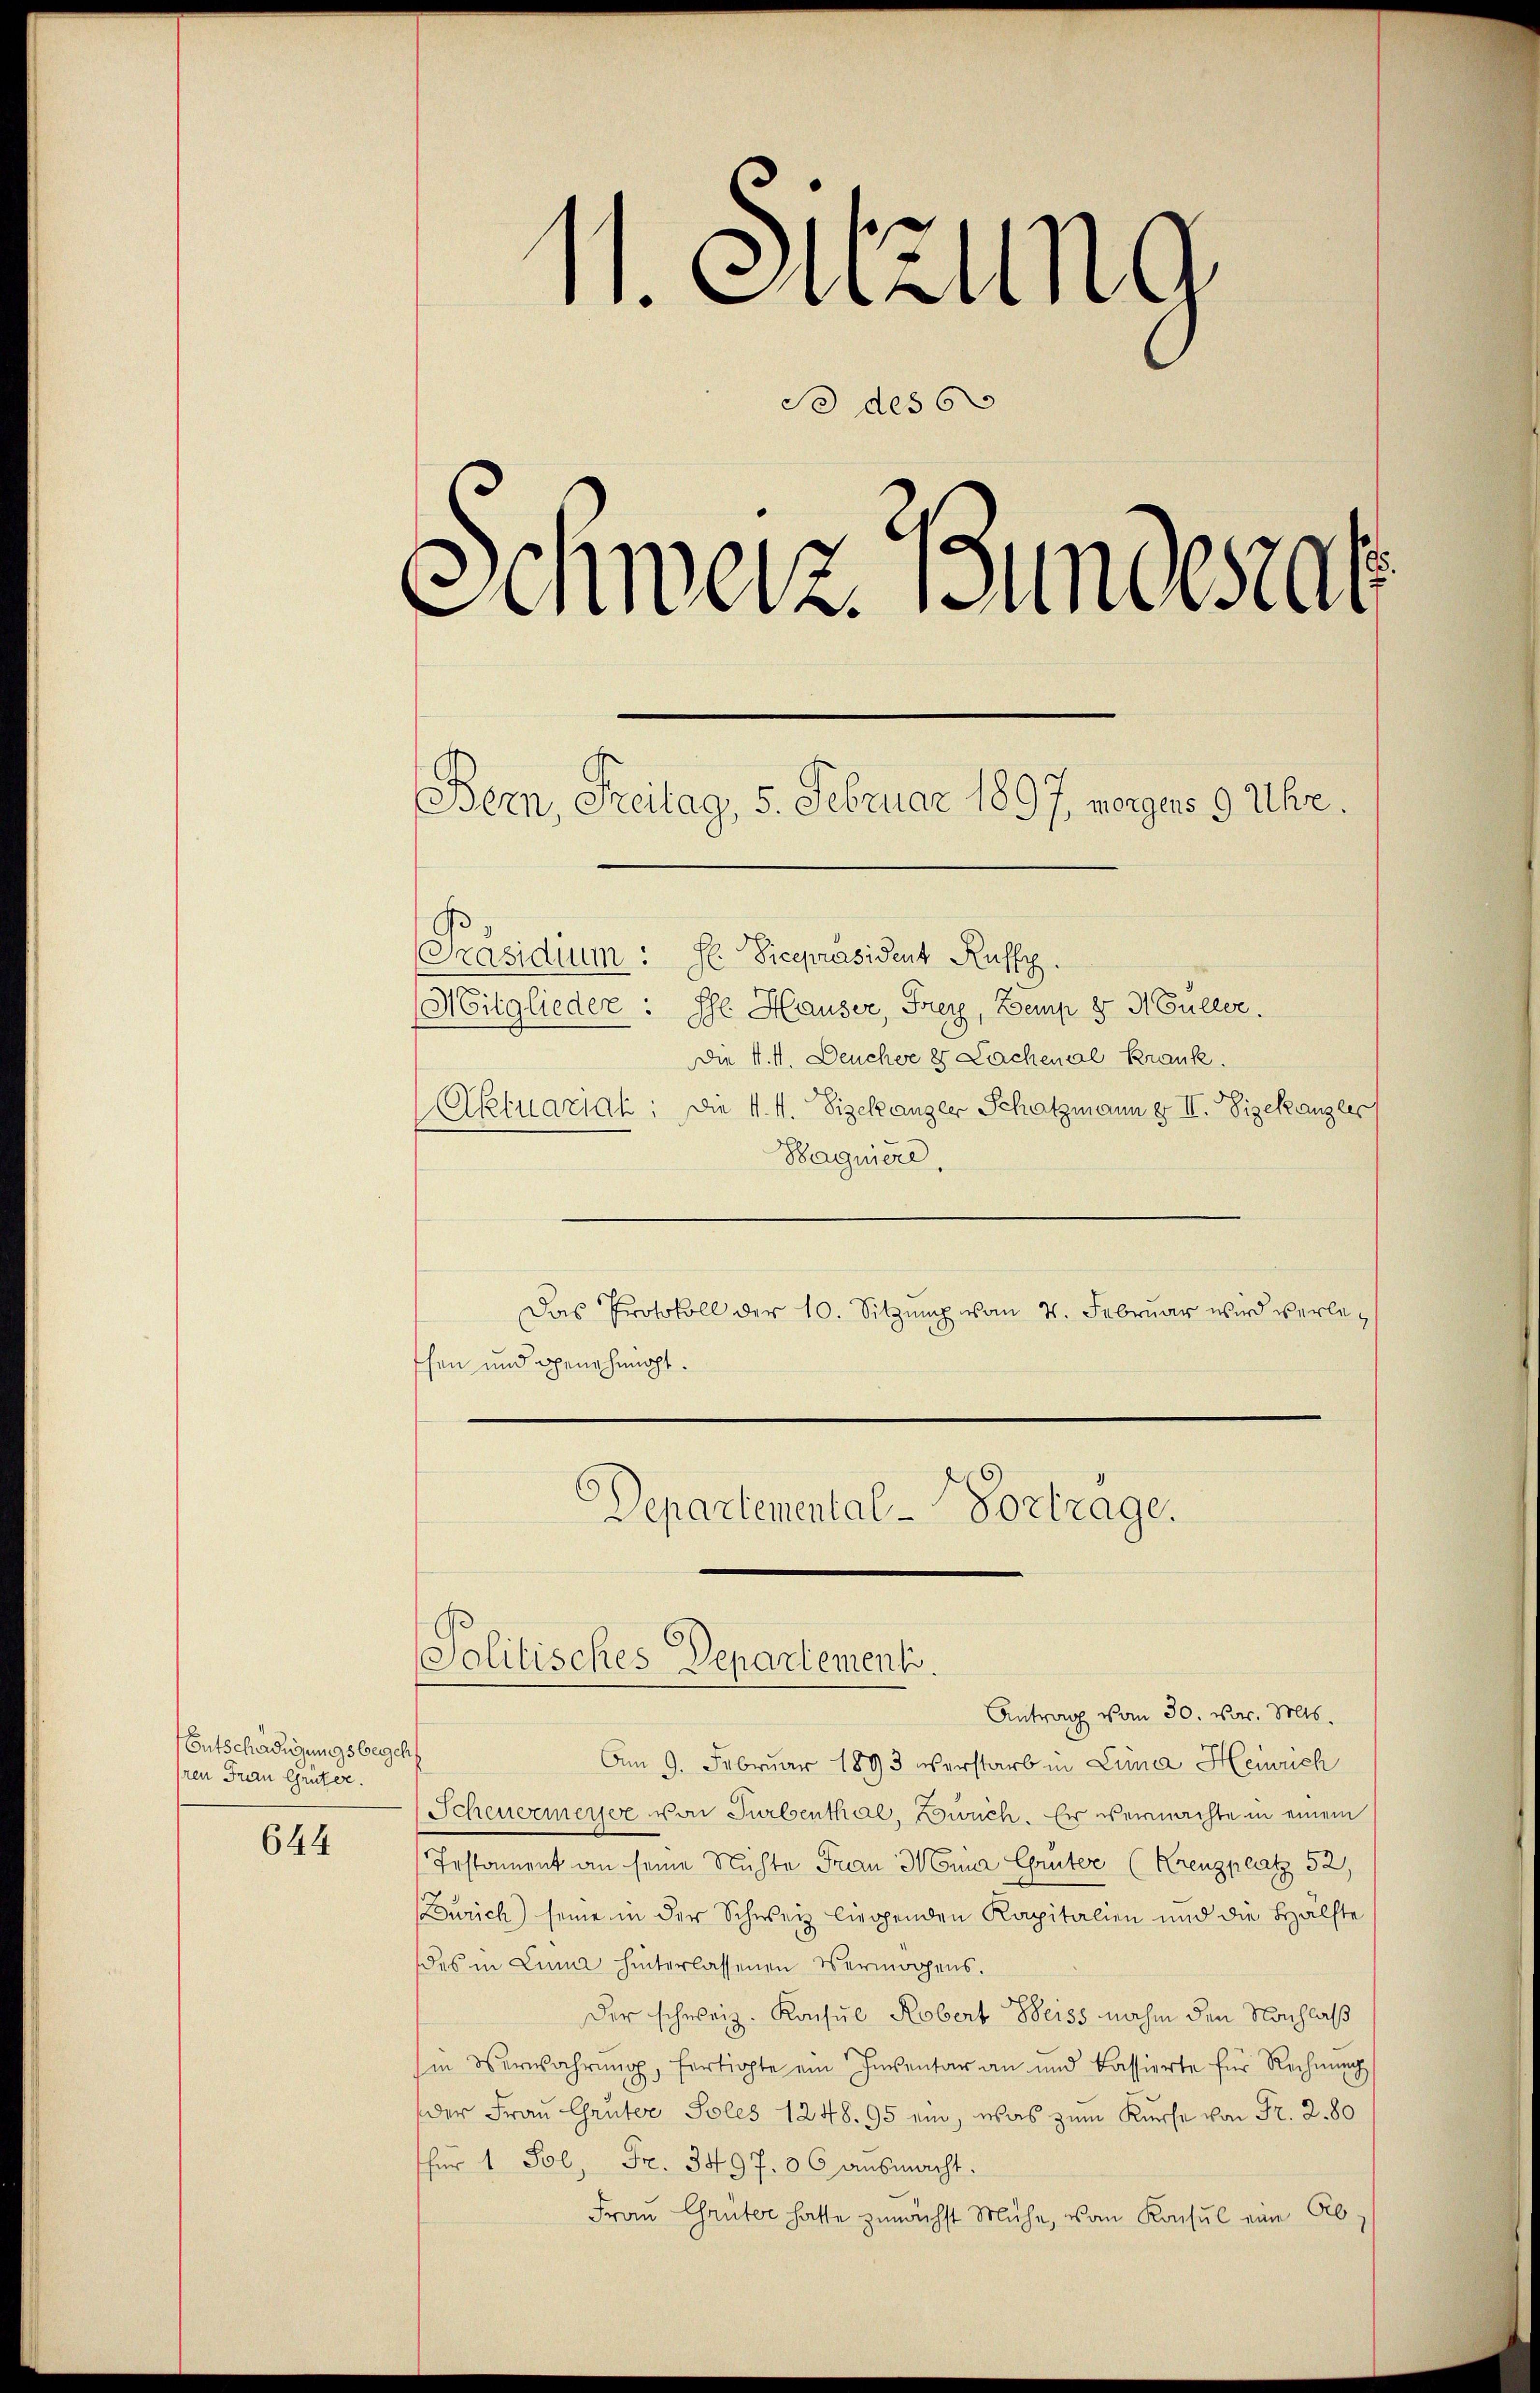
644

11. Sitzung
do des 6
Schweiz. Bundesrat

Entschädigungsbegeh
Frau Grütter.

Bern, Freitag, 5. Februar 1897, vorgens 9 Uhr.
Präsidium: Hr. Vicepräsident Russ

Departemental-Vortrage.
Politisches Departement.
Antrag vom 30. vor. Mts.

Mitglieder: Ihr Hauser, Frey, Bemp 8 H Güller.
Die K. A. Deucher 8 Lachenal Krank.
Aktuartal: die K. H. Vizekanger Schatzmann er II. Vizekanzles
Hagniere,
Das Protokoll der 10. Sitzung von 4. Februar wird verlefchen und genehmigt.

Am 9. Februar 1893 verstarb in Lina Heinrich
Scheuermeiser von Turbenthal, Zürich. Er vermachte in einem
Testament an seine Nichte Frau Monar Guter (Krenzplatz 52,
Zürich) seine in der Schweiz liegenden Kapitalien und die Hälfte
des in Lina hinterlassenen Vermögens.
Der schweiz. Konsul Kobert Weiss nahm den Nachlaß
in Verwahrung, fertigte ein Inventar an und kassierte für Rechnung
der Frau Grüter Poles 1248. 95 ein, was zum Kirche von Fr. 280
thür 1 Pol. Fr. 3497. 36 ausmacht.
Frau Grüter hatte zunächst Mühe, von Konsul eine Ab